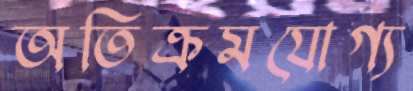
অতিক্রমযোগ্য